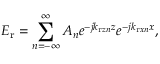
E _ { \mathrm { r } } = \sum _ { n = - \infty } ^ { \infty } A _ { n } e ^ { - j k _ { \mathrm { r } z n } z } e ^ { - j k _ { \mathrm { r } x n } x } ,